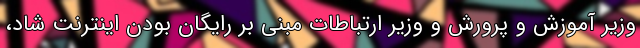
وزیر آموزش و پرورش و وزیر ارتباطات مبنی بر رایگان بودن اینترنت شاد،